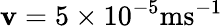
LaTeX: \mathbf{v}=5\times10^{-5}\mathrm{{ms^{-1}}}